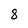
Character: 8